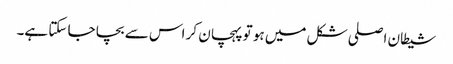
شیطان اصلی شکل میں ہو تو پہچان کر اس سے بچا جا سکتا ہے۔